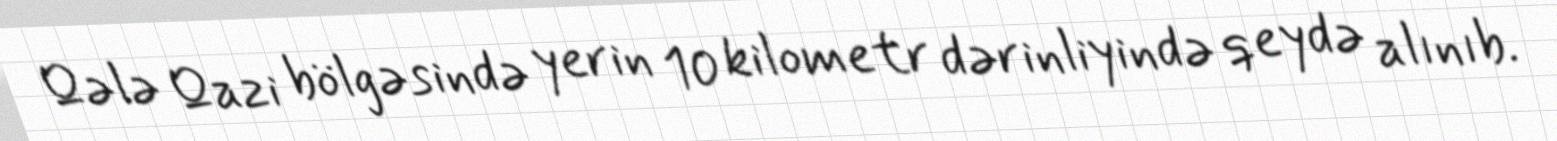
Qələ Qazi bölgəsində yerin 10 kilometr dərinliyində qeydə alınıb.